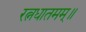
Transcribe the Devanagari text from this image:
रत्नधातमम्॥